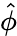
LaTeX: \hat{\phi}